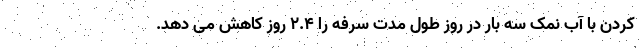
کردن با آب نمک سه بار در روز طول مدت سرفه را 2.4 روز کاهش می دهد.